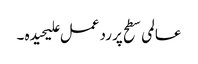
عالمی سطح پر رد عمل علیحیدہ ۔